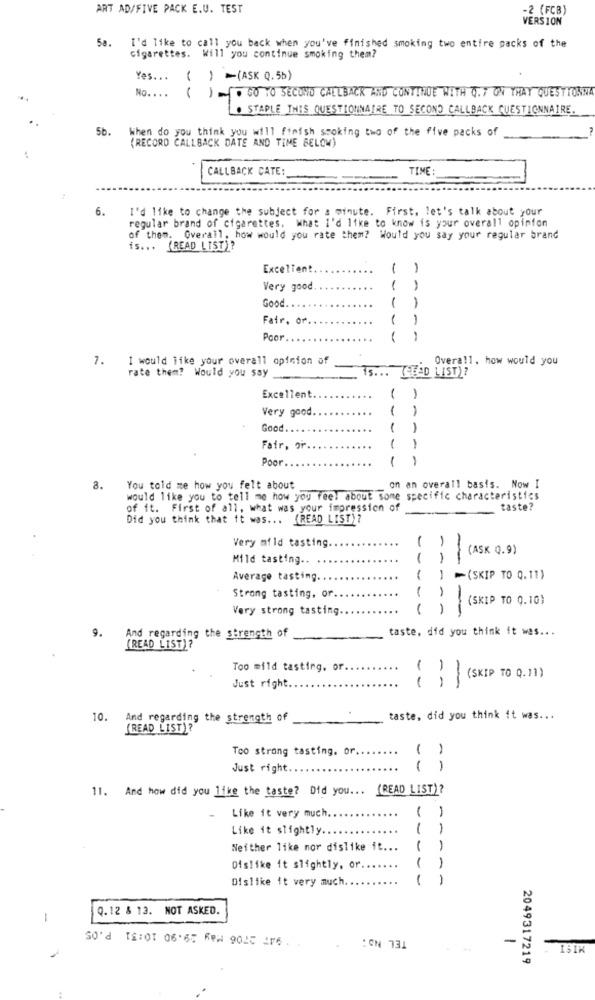
ART AD/FIVE PACK E.U. TEST
-2 (FCB)
VERSION
5a. I'd like to call you back when you've finished smoking two entire packs of the
Cigarettes. Will you continue smoking them?
Yes ... ( ) =(ASK Q.5b)
No. . ..
( ) == GO TO SECOMO CALLBACK AND CONTINUE WITH 0. 7 ON THAT QUESTIONNA
. STAPLE THIS QUESTIONNAIRE TO SECOND CALLBACK QUESTIONNAIRE.
5b.
When do you think you will finish smoking two of the five packs of
(RECORD CALLBACK DATE AND TIME BELOW)
CALLBACK CATE:
TIME:
6.
I'd like to change the subject for a minute. First. let's talk about your
regular brand of cigarettes. What i'd like to know is your overall opinion
of them. Overall, how would you rate them? Would you say your regular brand
is ...
(READ LIST)?
Excellent
1
1
Very good
Good ..
1
Fair, or
1
1
-- - -
Poor
1
1
7. I would like your overall opinion of
Overall, how would you
Is ... (STAD LIST)?
rate them? Would you say
Excellent
1
1
Very good.
1
-
Good ...
1
Fair, or.
1
1
Poor
1
1
8.
You told me how you felt about
on an overall basis. Now I
would like you to tell me how you feel about some specific characteristics
of it. First of all, what was your impression of
taste?
Did you think that it was ... (READ LIST)?
Very mild tasting.
(ASK Q.9)
Mild tasting .. .
()
--
--
Average tasting
( )
-(SKIP TO 0.11)
1
1
Strong tasting, or.
(SKIP TO 0.10)
Very strong tasting ..
( )
9.
taste, did you think it was ...
And regarding the strength of
(READ LIST)?
Too mild tasting, or.
() (SKIP TO Q.11)
Just right.
10. And regarding the strength of
taste, did you think it was ...
(READ LIST)?
Too strong tasting. or ..
( )
Just right ..
()
11. And how did you like the taste? Did you ...
(READ LIST)?
-
Like it very much.
Like it slightly ....
1
1
Neither like mor dislike it ...
1
-
1
Dislike it slightly, or ..
-
Dislike it very much
1
-
0.12 & 13. NOT ASKED.
-
TEL No :
-
50'd TE:01 06.65 KPN 9025 416 ..
ISIK
2049317219